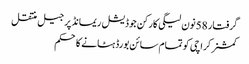
گرفتار 58نون لیگی کارکن جوڈیشل ریمانڈ پر جیل منتقل
کمشنر کراچی کو تمام سائن بورڈ ہٹانے کا حکم